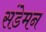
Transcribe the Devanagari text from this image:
संडेमन